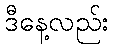
ဒီနေ့လည်း